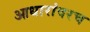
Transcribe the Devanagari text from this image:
आधारांवरच